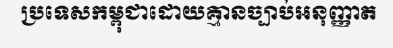
ប្រទេសកម្ពុជាដោយគ្មានច្បាប់អនុញ្ញាត